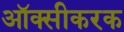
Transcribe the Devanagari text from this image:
ऑक्सीकरक